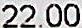
22.00